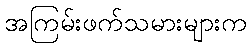
အကြမ်းဖက်သမားများက